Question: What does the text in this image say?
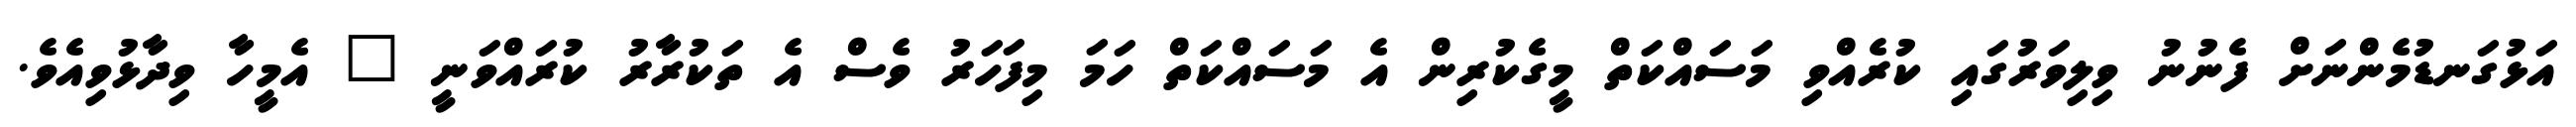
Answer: އަޅުގަނޑުމެންނަށް ފެނުނު ވިލިވަރުގައި ކުރެއްވި މަސައްކަތް މީގެކުރިން އެ މަސައްކަތް ހަމަ މިފަހަރު ވެސް އެ ތަކުރާރު ކުރައްވަނީ " އެމީހާ ވިދާޅުވިއެވެ.